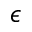
\epsilon